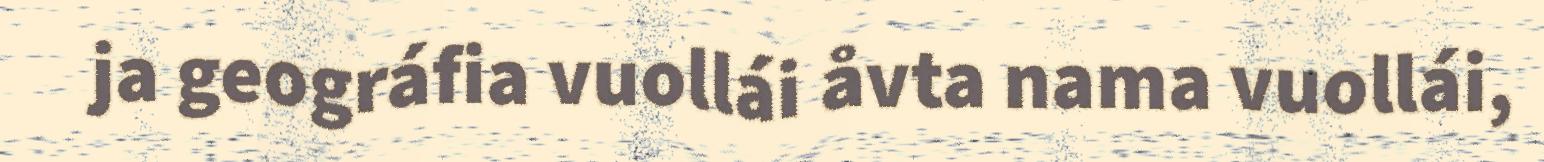
ja geográfia vuollái åvta nama vuollái,